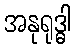
အနုရုဒ္ဓါ